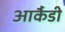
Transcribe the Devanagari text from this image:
आर्कैडी